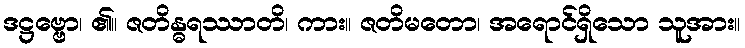
ဒဋ္ဌဗ္ဗော၊ ၏။ ဇတိန္ဓရဿာတိ၊ ကား။ ဇတိမတော၊ အရောင်ရှိသော သူအား။